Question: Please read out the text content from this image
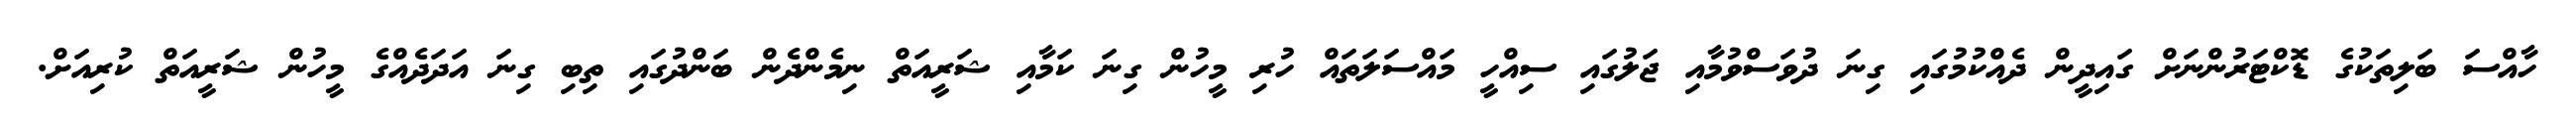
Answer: ހާއްސަ ބަލިތަކުގެ ޑޮކްޓަރުންނަށް ގައިދީން ދެއްކުމުގައި ގިނަ ދުވަސްވުމާއި ޖަލުގައި ސިއްހީ މައްސަލަތައް ހުރި މީހުން ގިނަ ކަމާއި ޝަރީއަތް ނިމެންދެން ބަންދުގައި ތިބި ގިނަ އަދަދެއްގެ މީހުން ޝަރީއަތް ކުރިއަށް.